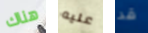
هناك عليه قد